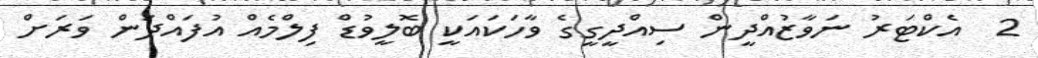
2  އެކްޓަރު ނަވާޒުއްދީން ސިއްދީގީގެ ވާހަކައަކީ ބޮލީވުޑް ފިލްމެއް އުފައްދަން ވަރަށް